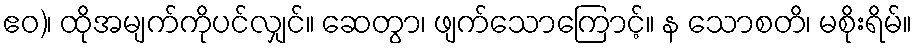
ဧဝ)၊ ထိုအမျက်ကိုပင်လျှင်။ ဆေတွာ၊ ဖျက်သောကြောင့်။ န သောစတိ၊ မစိုးရိမ်။